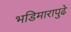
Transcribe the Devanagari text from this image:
भडिमारापुढे